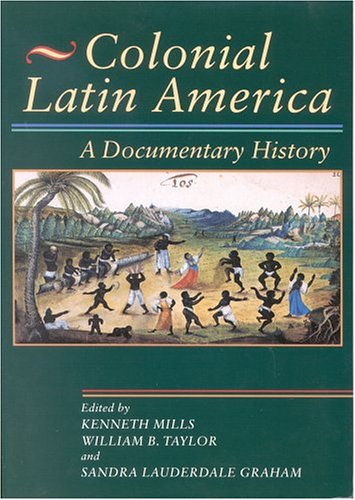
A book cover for Colonial Latin America: A Documentary History; Kenneth Mills; History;